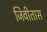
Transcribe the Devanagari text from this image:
जिवीतास